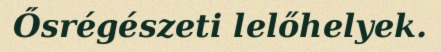
Ősrégészeti lelőhelyek.